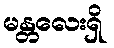
မန္တလေးရှိ